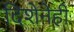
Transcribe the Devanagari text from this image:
दिशेनेही